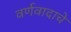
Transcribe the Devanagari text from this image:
वर्णवादाचे